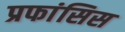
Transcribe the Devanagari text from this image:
प्रफांसिस